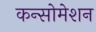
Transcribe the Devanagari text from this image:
कन्सोमेशन